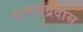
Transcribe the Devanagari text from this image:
रामचंद्रदास